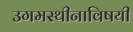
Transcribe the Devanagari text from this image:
उगमस्थीनाविषयी